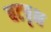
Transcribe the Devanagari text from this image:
बटवृक्ष